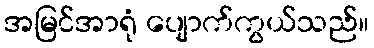
အမြင်အာရုံ ပျောက်ကွယ်သည်။